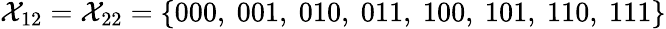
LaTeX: \mathcal{X}_{12}=\mathcal{X}_{22}=\{ 000,~001,~010,~011,~100,~101,~110,~111\}